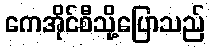
ကေအိုင်စီသို့ပြောသည်